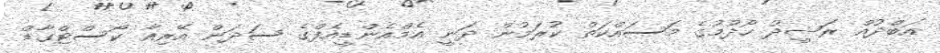
އަބްދުއް ރަޝީދު ހޯދުމުގެ މަސައްކަތް ކުރަމުން ދަނީ އެމްއެންޑީއެފްގެ ސަދަން އޭރިއާ ކޯސްޓްގާޑް